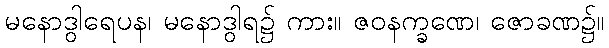
မနောဒွါရေပန၊ မနောဒွါရ၌ ကား။ ဇဝနက္ခဏေ၊ ဇောခဏ၌။